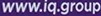
www.iq.group